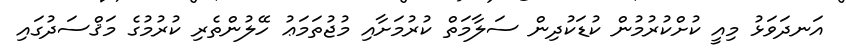
އަނދަވަޅު މިއީ ކުށްކުރުމުން ކުޑަކުދިން ސަލާމަތް ކުރުމަށާއި މުޖުތަމަޢު ހޭލުންތެރި ކުރުމުގެ މަޤްސަދުގައި